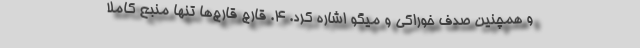
و همچنین صدف خوراکی و میگو اشاره کرد. ۴. قارچ قارچ‌ها تنها منبع کاملا